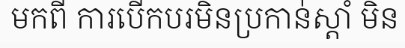
មកពី ការបើកបរមិនប្រកាន់ស្តាំ មិន